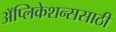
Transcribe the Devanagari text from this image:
अॅप्लिकेशन्ससाठी